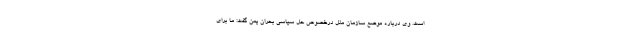
است. وی درباره موضع سازمان ملل درخصوص حل سیاسی بحران یمن گفت: ما برای